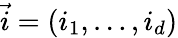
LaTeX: \vec{i}=(i_{1},\dots,i_{d})